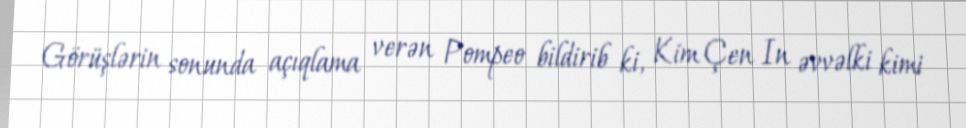
Görüşlərin sonunda açıqlama verən Pompeo bildirib ki, Kim Çen In əvvəlki kimi